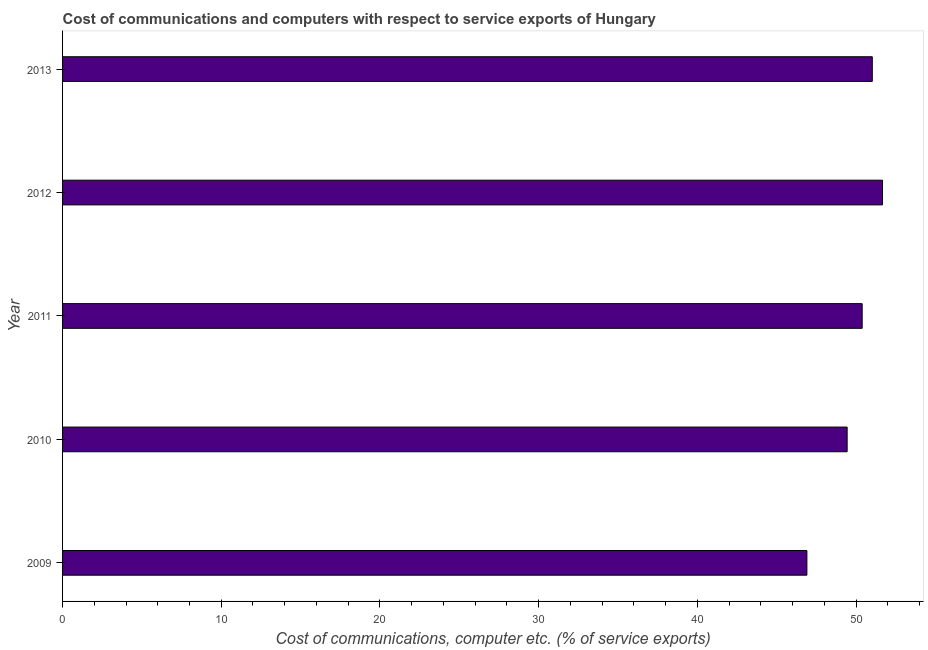
| Year | Communications |
 | --- | --- |
 | 2009 | 46.9 |
 | 2010 | 49.4 |
 | 2011 | 50.4 |
 | 2012 | 51.7 |
 | 2013 | 51 |